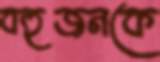
বহুজনকে